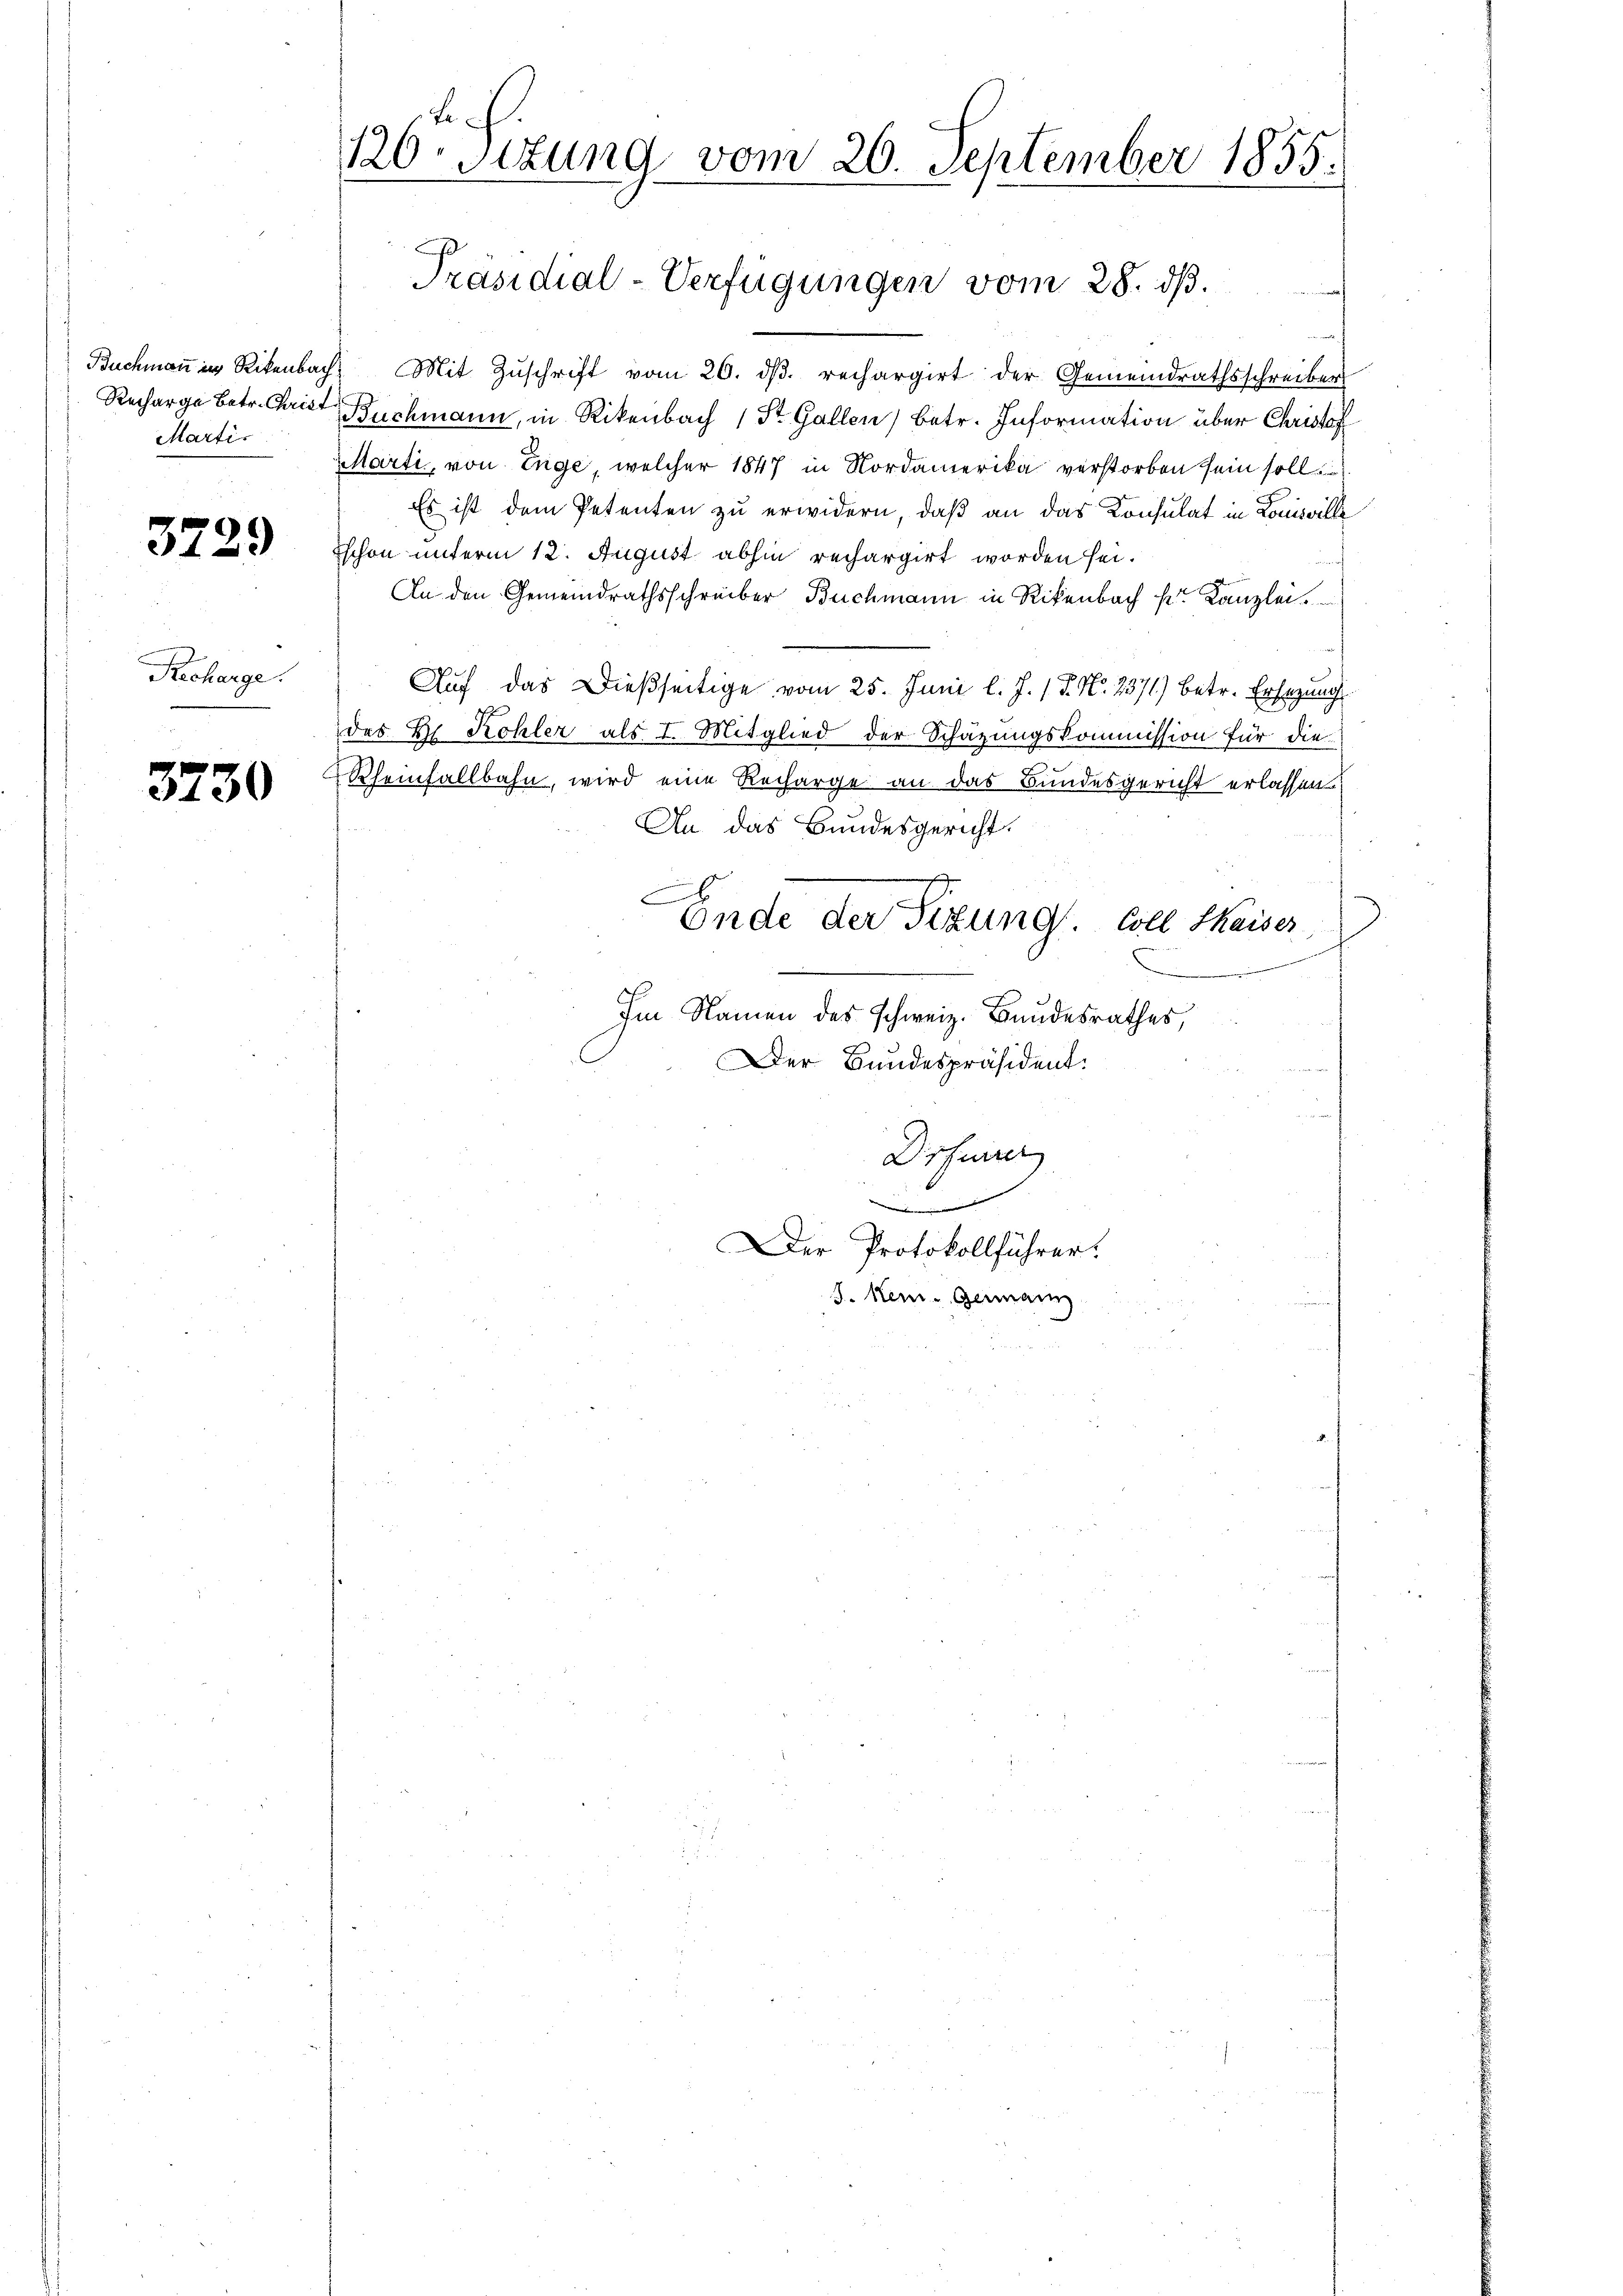
Recharge Betr. Christ
Marti

3729

Recharge.

3730

120-Sttung vom 20. September 1855.

Präsidial-Verfügungen vom 28. ds.

Buchmaṅ in Rikenbach Mit Zŭschrift vom 20. dβ. rechargirt der Gemeindrathsschreiber
Buchmann, in Rikenbach 1 St. Gallen) betr. Information über Christof
Marti, von Enge, welcher 1847 in Nordamerika verstorben sein soll
Es ist dem Petenten zu erwidern, daß an das Konsulat in Komisville
Eschon unterm 12. August abhin rechargirt worden sei.
An den Gemeindrathsschreiber Buchmann in Rikenbach fr. Kanzlei.
Auf das Dießseitige vom 25. Juni l. J. / 5. No. 2371) betr. Ersezungsdes B. Kohler als I. Mitglied der Schazungskommission für die
Rheinfallbahn, wird eine Recharge an das Bundesgericht erlassen
An das Bundesgericht.
A
Ende der Sitzung. Coll Kaiser
Im Namen des Schweiz. Bundesrathes,
Der Bundespräsident.
Drfurrer
.
Der Protokollführer
J. Kei-Germann